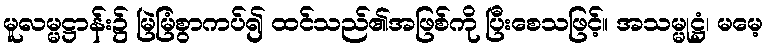
မူလမ္မဋ္ဌာန်း၌ မြဲမြံစွာကပ်၍ ထင်သည်၏အဖြစ်ကို ပြီးစေသဖြင့်။ အသမ္မုဋ္ဌံ၊ မမေ့